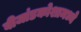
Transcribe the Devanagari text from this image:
बीजांडकोशामध्ये